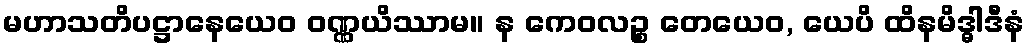
မဟာသတိပဋ္ဌာနေယေဝ ဝဏ္ဏယိဿာမ။ န ကေဝလဉ္စ တေယေဝ, ယေပိ ထိနမိဒ္ဓါဒီနံ